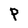
Character: P